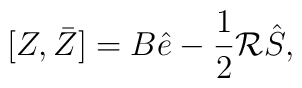
[Z,\bar Z]=B\hat e -\frac{1}{2}\mathcal R \hat S,